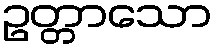
ဥတ္တာသော